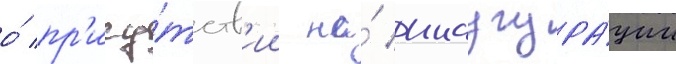
о́ пр'ису́тств'ии на́ инаугура́ции